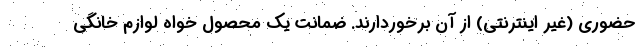
حضوری (غیر اینترنتی) از آن برخوردارند. ضمانت یک محصول خواه لوازم خانگی